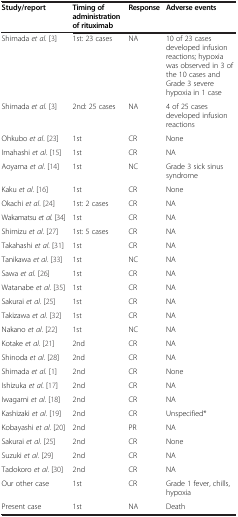
<table><thead><tr><td><b>Study/report</b></td><td><b>Timing of administration of rituximab</b></td><td><b>Response</b></td><td><b>Adverse events</b></td></tr></thead><tbody><tr><td>Shimada <i>et al</i>. [3]</td><td>1st: 23 cases</td><td>NA</td><td>10 of 23 cases developed infusion reactions; hypoxia was observed in 3 of the 10 cases and Grade 3 severe hypoxia in 1 case</td></tr><tr><td>Shimada <i>et al</i>. [3]</td><td>2nd: 25 cases</td><td>NA</td><td>4 of 25 cases developed infusion reactions</td></tr><tr><td>Ohkubo <i>et al</i>. [23]</td><td>1st</td><td>CR</td><td>None</td></tr><tr><td>Imahashi <i>et al</i>. [15]</td><td>1st</td><td>CR</td><td>NA</td></tr><tr><td>Aoyama <i>et al</i>. [14]</td><td>1st</td><td>NC</td><td>Grade 3 sick sinus syndrome</td></tr><tr><td>Kaku <i>et al</i>. [16]</td><td>1st</td><td>CR</td><td>None</td></tr><tr><td>Okachi <i>et al</i>. [24]</td><td>1st: 2 cases</td><td>CR</td><td>NA</td></tr><tr><td>Wakamatsu <i>et al</i>. [34]</td><td>1st</td><td>CR</td><td>NA</td></tr><tr><td>Shimizu <i>et al</i>. [27]</td><td>1st: 5 cases</td><td>CR</td><td>NA</td></tr><tr><td>Takahashi <i>et al</i>. [31]</td><td>1st</td><td>CR</td><td>NA</td></tr><tr><td>Tanikawa <i>et al</i>. [33]</td><td>1st</td><td>NC</td><td>NA</td></tr><tr><td>Sawa <i>et al</i>. [26]</td><td>1st</td><td>CR</td><td>NA</td></tr><tr><td>Watanabe <i>et al</i>. [35]</td><td>1st</td><td>CR</td><td>NA</td></tr><tr><td>Sakurai <i>et al</i>. [25]</td><td>1st</td><td>CR</td><td>NA</td></tr><tr><td>Takizawa <i>et al</i>. [32]</td><td>1st</td><td>CR</td><td>NA</td></tr><tr><td>Nakano <i>et al</i>. [22]</td><td>1st</td><td>NC</td><td>NA</td></tr><tr><td>Kotake <i>et al</i>. [21]</td><td>2nd</td><td>CR</td><td>NA</td></tr><tr><td>Shinoda <i>et al</i>. [28]</td><td>2nd</td><td>CR</td><td>NA</td></tr><tr><td>Shimada <i>et al</i>. [1]</td><td>2nd</td><td>CR</td><td>None</td></tr><tr><td>Ishizuka <i>et al</i>. [17]</td><td>2nd</td><td>CR</td><td>NA</td></tr><tr><td>Iwagami <i>et al</i>. [18]</td><td>2nd</td><td>CR</td><td>NA</td></tr><tr><td>Kashizaki <i>et al</i>. [19]</td><td>2nd</td><td>CR</td><td>Unspecified*</td></tr><tr><td>Kobayashi <i>et al</i>. [20]</td><td>2nd</td><td>PR</td><td>NA</td></tr><tr><td>Sakurai <i>et al</i>. [25]</td><td>2nd</td><td>CR</td><td>None</td></tr><tr><td>Suzuki <i>et al</i>. [29]</td><td>2nd</td><td>CR</td><td>NA</td></tr><tr><td>Tadokoro <i>et al</i>. [30]</td><td>2nd</td><td>CR</td><td>NA</td></tr><tr><td>Our other case</td><td>1st</td><td>CR</td><td>Grade 1 fever, chills, hypoxia</td></tr><tr><td>Present case</td><td>1st</td><td>NA</td><td>Death</td></tr></tbody></table>